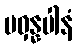
ဗဝှန္နပါနံ